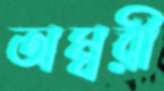
অম্বরী